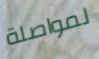
لمواصلة